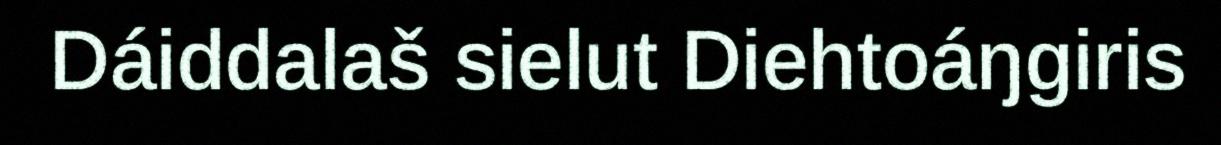
Dáiddalaš sielut Diehtoáŋgiris